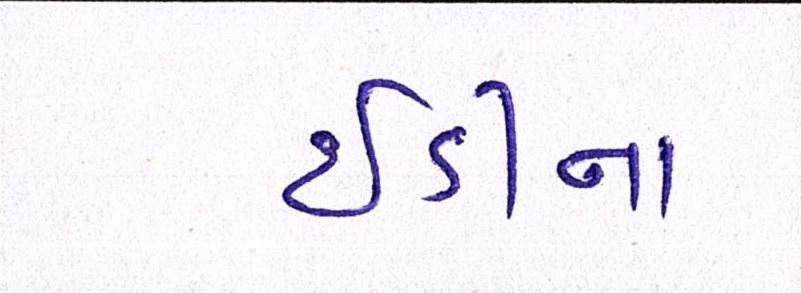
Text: ઇડીના